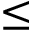
\leq